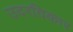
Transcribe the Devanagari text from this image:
उदरविकार